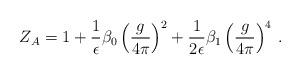
LaTeX: \begin{align*}Z_{A} = 1 + \frac{1}{\epsilon} \beta_{0} \left( \frac{g}{4 \pi} \right)^{2} +\frac{1}{2 \epsilon} \beta_{1} \left( \frac{g}{4 \pi} \right)^{4} \, .\end{align*}